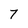
Character: 7